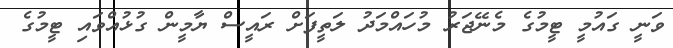
ވަނީ ގައުމީ ޓީމުގެ މެނޭޖަރު މުހައްމަދު ލަތީފަށް ރައީސް ޔާމީން ގުޅުއްވައި ޓީމުގެ